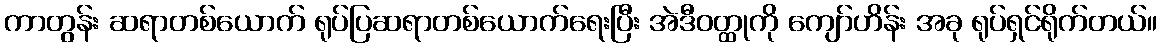
ကာတွန်း ဆရာတစ်ယောက် ရုပ်ပြဆရာတစ်ယောက်ရေးပြီး အဲဒီဝတ္ထုကို ကျော်ဟိန်း အခု ရုပ်ရှင်ရိုက်တယ်။